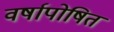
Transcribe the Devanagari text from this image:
वर्षापोषित